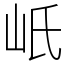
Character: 㞴